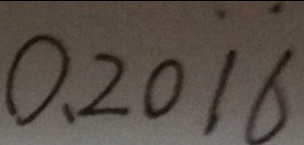
0 . 2 0 \dot { 1 } \dot { 6 }